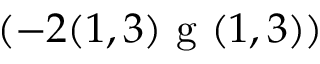
( - 2 ( 1 , 3 ) \textrm { g } ( 1 , 3 ) )